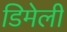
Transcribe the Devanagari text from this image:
डिमेली